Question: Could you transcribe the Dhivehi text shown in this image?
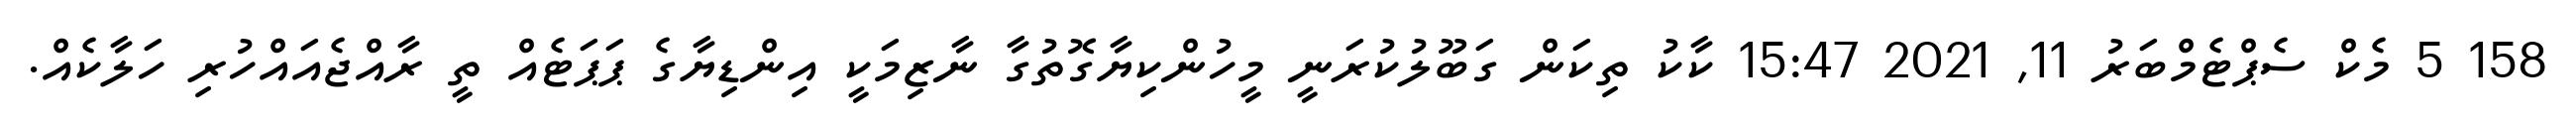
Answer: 158 5 މެކް ސެޕްޓެމްބަރު 11, 2021 15:47 ކާކު ތިކަން ގަބޫލުކުރަނީ މީހުންކިޔާގޮތުގާ ނާޒިމަކީ އިންޑިޔާގެ ޕަޕަޓެއް ތީ ރާއްޖެއައްހުރި ހަލާކެއް.